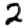
Digit: 2